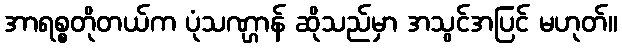
အာရစ္စတိုတယ်က ပုံသဏ္ဌာန် ဆိုသည်မှာ အသွင်အပြင် မဟုတ်။